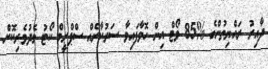
ދާއިރު ރައްޔިތުންގެ %85 ވޯޓް އިން ހޮވާފައިވާ ސަރުކާރެއް ސްޕްރީމް ކޯޓު މެދުވެރިކޮށް